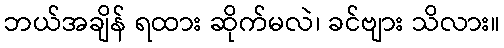
ဘယ်အချိန် ရထား ဆိုက်မလဲ၊ ခင်ဗျား သိလား။